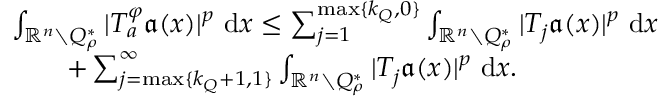
\begin{array} { r l } & { \int _ { \mathbb { R } ^ { n } \setminus Q _ { \rho } ^ { * } } | T _ { a } ^ { \varphi } \mathfrak { a } ( x ) | ^ { p } \, \, \mathrm { d } x \leq \sum _ { j = 1 } ^ { \operatorname* { m a x } \{ k _ { Q } , 0 \} } \int _ { \mathbb { R } ^ { n } \setminus Q _ { \rho } ^ { * } } | T _ { j } \mathfrak { a } ( x ) | ^ { p } \, \, \mathrm { d } x } \\ & { \qquad + \sum _ { j = \operatorname* { m a x } \{ k _ { Q } + 1 , 1 \} } ^ { \infty } \int _ { \mathbb { R } ^ { n } \setminus Q _ { \rho } ^ { * } } | T _ { j } \mathfrak { a } ( x ) | ^ { p } \, \, \mathrm { d } x . } \end{array}